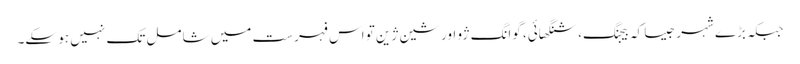
جبکہ بڑے شہر جیسا کہ بیجنگ، شنگھائی، گوانگ ژو اور شین ژین تو اس فہرست میں شامل تک نہیں ہو سکے۔